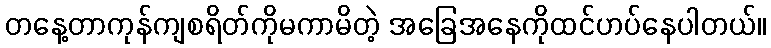
တနေ့တာကုန်ကျစရိတ်ကိုမကာမိတဲ့ အခြေအနေကိုထင်ဟပ်နေပါတယ်။